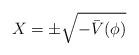
LaTeX: \begin{align*}X=\pm \sqrt{-\bar V(\phi )} \end{align*}